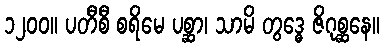
၁၂၀၀။ ပတီစီ စရိမေ ပစ္ဆာ၊ သာမိ တွဒ္ဓေ ဇိဂုစ္ဆနေ။